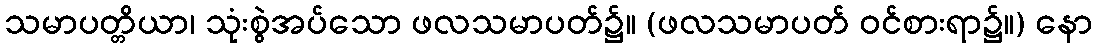
သမာပတ္တိယာ၊ သုံးစွဲအပ်သော ဖလသမာပတ်၌။ (ဖလသမာပတ် ဝင်စားရာ၌။) နော